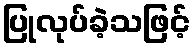
ပြုလုပ်ခဲ့သဖြင့်